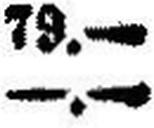
—.—